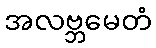
အလဗ္ဘမေတံ